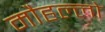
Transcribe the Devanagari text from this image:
मौहल्लो